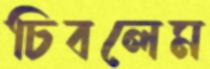
চিবলেম